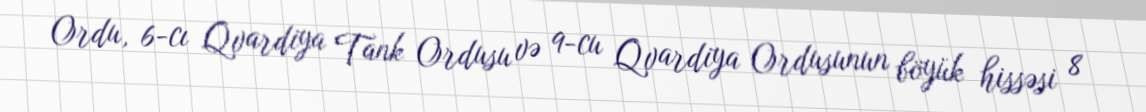
Ordu, 6-cı Qvardiya Tank Ordusu və 9-cu Qvardiya Ordusunun böyük hissəsi 8